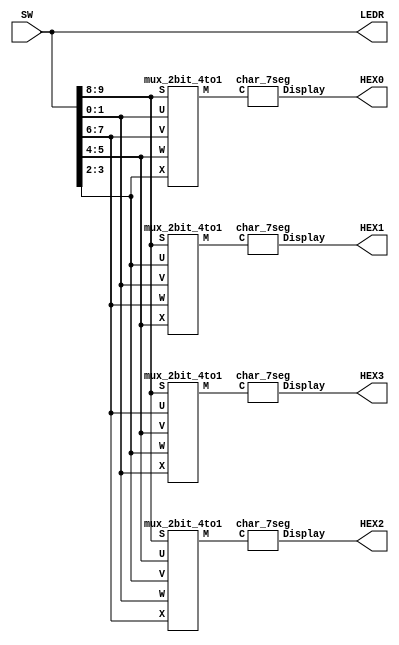
module part5 (SW, LEDR, HEX0, HEX1, HEX2, HEX3);
	input [9:0] SW;
	output [9:0] LEDR;
	output [6:0] HEX0, HEX1, HEX2, HEX3;
	
	wire [1:0] ChSel, Ch0, Ch1, Ch2, Ch3;
	wire [1:0] mux0_out, mux1_out, mux2_out, mux3_out;
	wire [6:0] hex0_out, hex1_out, hex2_out, hex3_out;
	
	assign LEDR = SW;
	assign {ChSel, Ch3, Ch0, Ch1, Ch2} = SW;
	assign HEX0 = hex0_out;
	assign HEX1 = hex1_out;
	assign HEX2 = hex2_out;
	assign HEX3 = hex3_out;
	
	mux_2bit_4to1 mux0 (ChSel, Ch2, Ch3, Ch0, Ch1, mux0_out);
	mux_2bit_4to1 mux1 (ChSel, Ch1, Ch2, Ch3, Ch0, mux1_out);
	mux_2bit_4to1 mux2 (ChSel, Ch0, Ch1, Ch2, Ch3, mux2_out);
	mux_2bit_4to1 mux3 (ChSel, Ch3, Ch0, Ch1, Ch2, mux3_out);
	char_7seg hex0 (mux0_out, hex0_out);
	char_7seg hex1 (mux1_out, hex1_out);
	char_7seg hex2 (mux2_out, hex2_out);
	char_7seg hex3 (mux3_out, hex3_out);
endmodule

module mux_2bit_4to1 (S, U, V, W, X, M);
	input [1:0] S, U, V, W, X;
	output [1:0] M;
	
	assign M[0] = (~S[1] & ~S[0] & U[0]) | (~S[1] & S[0] & V[0]) | (S[1] & ~S[0] & W[0]) | (S[1] & S[0] & X[0]);
	assign M[1] = (~S[1] & ~S[0] & U[1]) | (~S[1] & S[0] & V[1]) | (S[1] & ~S[0] & W[1]) | (S[1] & S[0] & X[1]);
endmodule

module char_7seg (C, Display);
	input [1:0] C;
	output [6:0] Display;
	
	assign Display[0] = (~C[1] & ~C[0]) | (C[1] & C[0]);
	assign Display[1] = (~C[1] & C[0]) | (C[1] & C[0]);
	assign Display[2] = (~C[1] & C[0]) | (C[1] & ~C[0]) | (C[1] & C[0]);
	assign Display[3] = (C[1] & C[0]);
	assign Display[4] = (C[1] & C[0]);
	assign Display[5] = (~C[1] & ~C[0]) | (C[1] & ~C[0]) | (C[1] & C[0]);
	assign Display[6] = (C[1] & C[0]);
endmodule